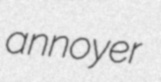
annoyer